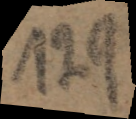
129